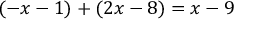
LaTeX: ( - x - 1 ) + ( 2 x - 8 ) = x - 9